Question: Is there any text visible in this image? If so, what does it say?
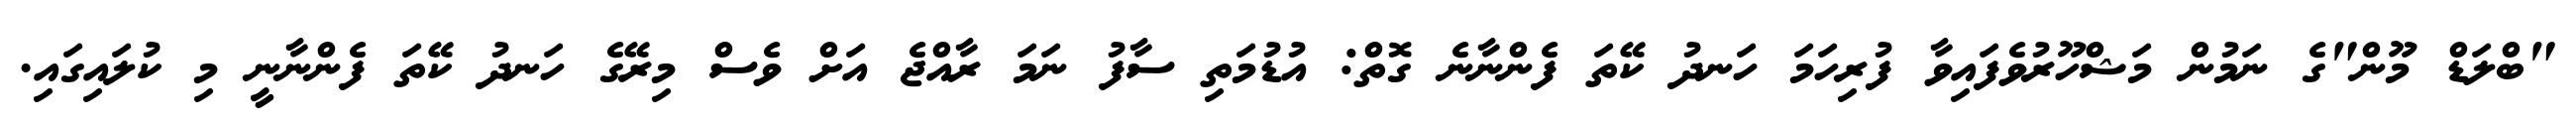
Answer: "ބްލަޑް މޫން"ގެ ނަމުން މަޝްހޫރުވެފައިވާ ފުރިހަމަ ހަނދު ކޭތަ ފެންނާނެ ގޮތް: އުޑުމަތި ސާފު ނަމަ ރާއްޖެ އަށް ވެސް މިރޭގެ ހަނދު ކޭތަ ފެންނާނީ މި ކުލައިގައި.